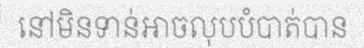
នៅមិនទាន់អាចលុបបំបាត់បាន